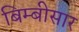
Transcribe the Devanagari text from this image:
बिम्बीसार